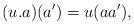
LaTeX: \begin{align*} (u.a)(a') = u(aa'),\end{align*}